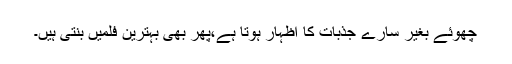
چھوئے بغیر سارے جذبات کا اظہار ہوتا ہے،پھر بھی بہترین فلمیں بنتی ہیں۔